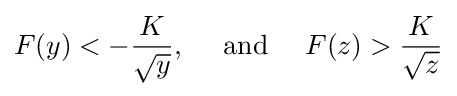
F(y)<-{\frac {K}{\sqrt {y}}},\quad {\text{ and }}\quad F(z)>{\frac {K}{\sqrt {z}}}